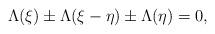
LaTeX: \begin{align*}\Lambda(\xi) \pm \Lambda(\xi-\eta) \pm \Lambda(\eta) = 0 ,\end{align*}